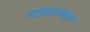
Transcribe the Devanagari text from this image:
नासस्पंदन